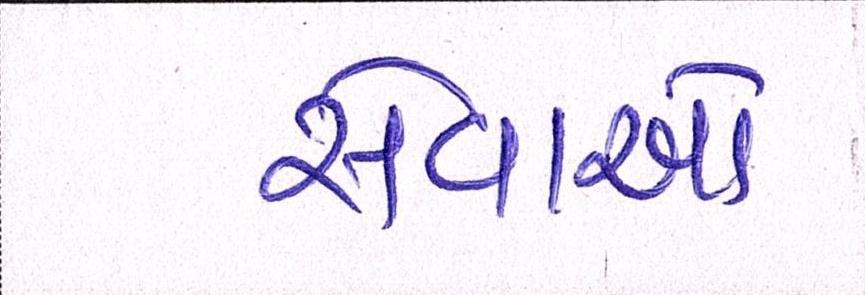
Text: સેવાઓ